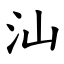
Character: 汕